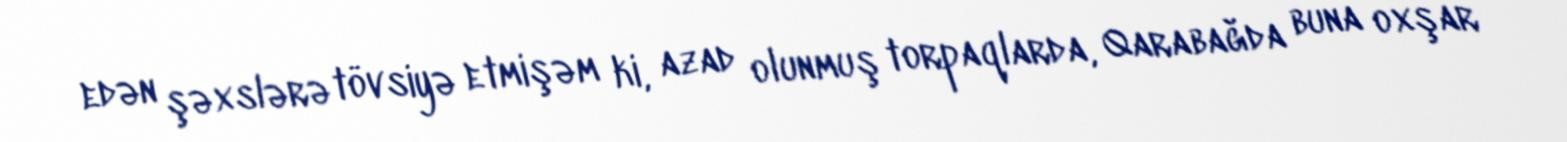
edən şəxslərə tövsiyə etmişəm ki, azad olunmuş torpaqlarda, Qarabağda buna oxşar